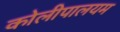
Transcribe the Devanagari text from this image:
कोलीपालयम